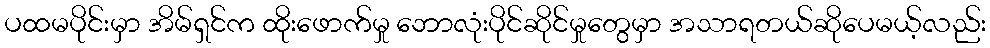
ပထမပိုင်းမှာ အိမ်ရှင်က ထိုးဖောက်မှု ဘောလုံးပိုင်ဆိုင်မှုတွေမှာ အသာရတယ်ဆိုပေမယ့်လည်း